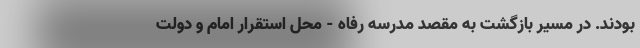
بودند. در مسیر بازگشت به مقصد مدرسه رفاه - محل استقرار امام و دولت